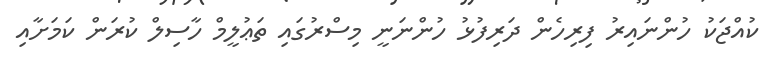
ކުއްޖަކު ހުންނައިރު ފިރިހެން ދަރިފުޅު ހުންނަނީ މިސްރުގައި ތަޢުލީމް ހާސިލް ކުރަން ކަމަށާއި